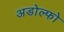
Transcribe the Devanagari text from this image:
अडोल्फो